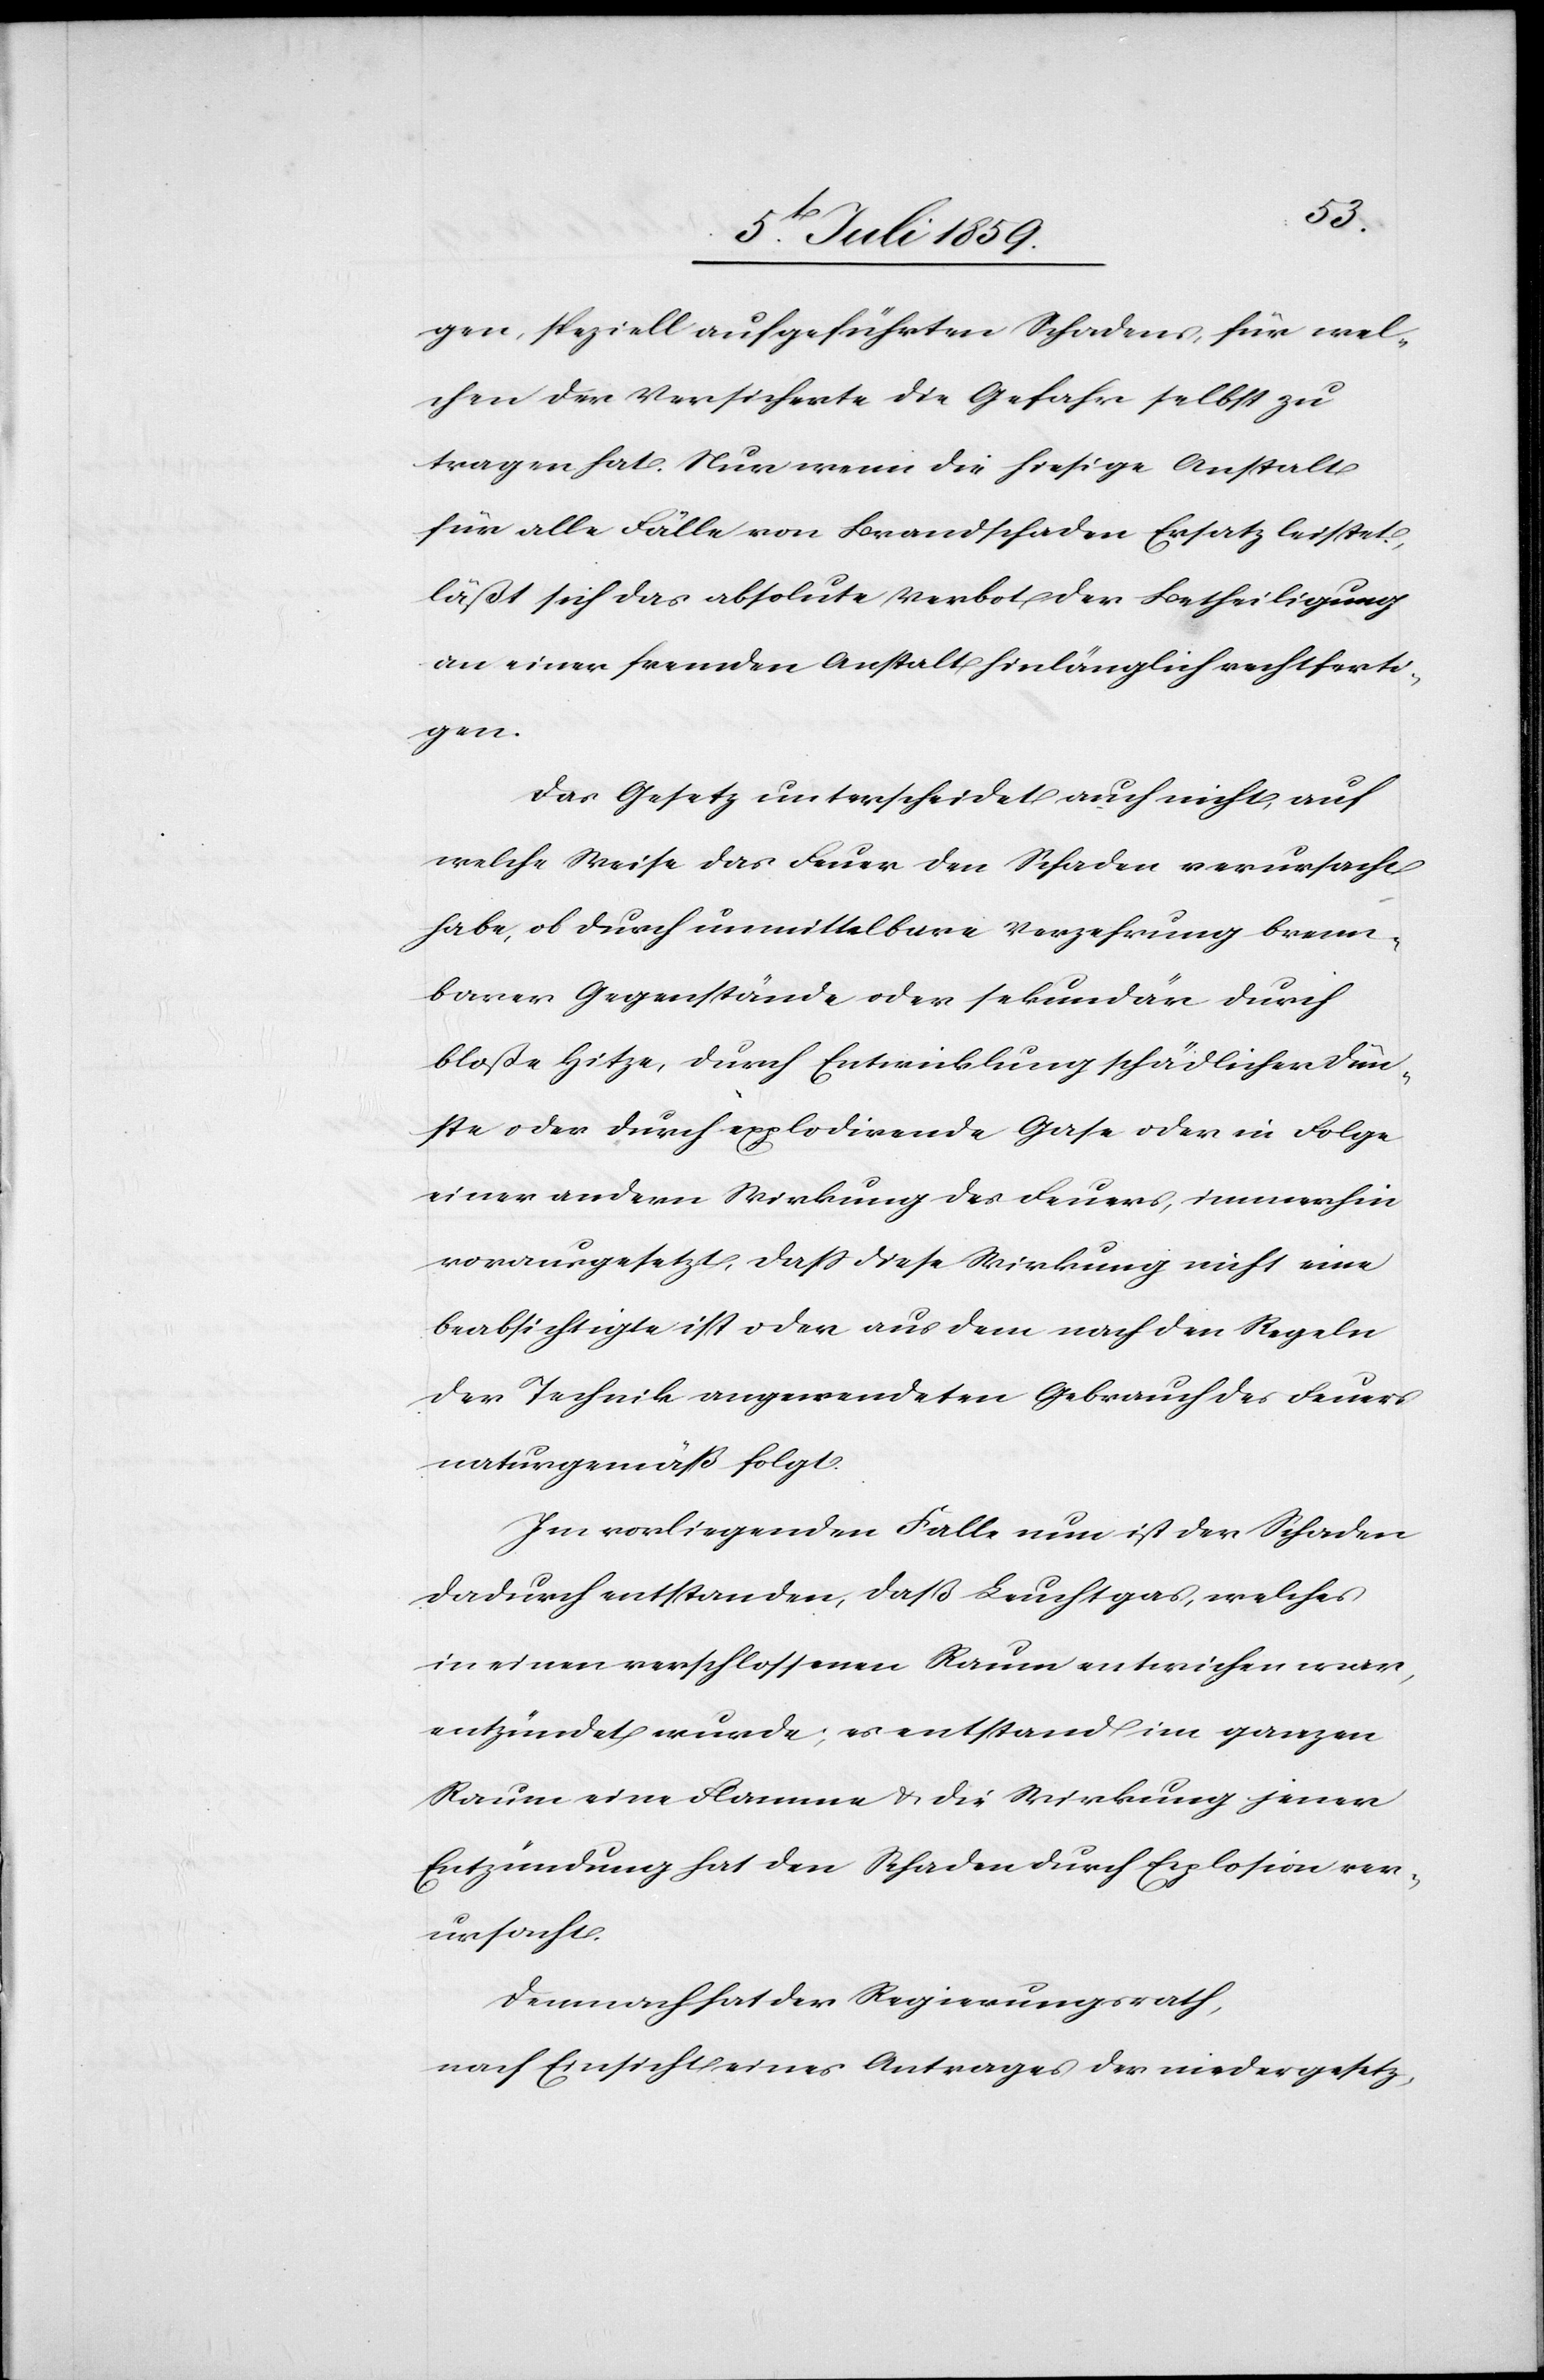
gen, speziell aufgeführten Schadens, für wel¬
chen der Versicherte die Gefahr selbst zu
tragen hat. Nur wenn die hiesige Anstalt
für alle Fälle von Brandschaden Ersatz leistet,
läßt sich das absolute Verbot der Betheiligung
an einer fremden Anstalt hinlänglich rechtferti¬
gen.
Das Gesetz unterscheidet auch nicht, auf
welche Weise das Feuer den Schaden verursacht
habe, ob durch unmittelbare Verzehrung brenn¬
barer Gegenstände oder sekundär durch
bloße Hitze, durch Entwicklung schädlicher Dün¬
ste oder durch explodirende Gase oder in Folge
einer andern Wirkung des Feuers, immerhin
vorausgesetzt, daß diese Wirkung nicht eine
beabsichtigte ist oder aus dem nach den Regeln
der Technik angewendeten Gebrauch des Feuers
naturgemäß folgt.
Im vorliegenden Falle nun ist der Schaden
dadurch entstanden, daß Leuchtgas, welches
in einem verschlossenen Raum entwichen war,
entzündet wurde; es entstand im ganzen
Raum eine Flamme u. die Wirkung jener
Entzündung hat den Schaden durch Explosion ver¬
ursacht.
Demnach hat der Regierungsrath,
nach Einsicht eines Antrages der niedergesetz-